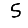
Digit: 5